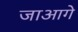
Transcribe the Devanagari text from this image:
जाआगे